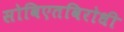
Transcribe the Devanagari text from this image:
सोविएतविरोधी